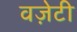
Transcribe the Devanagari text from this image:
वज़ेटी